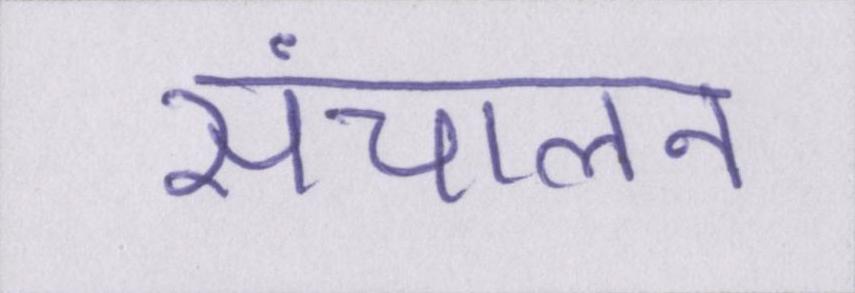
संचालन